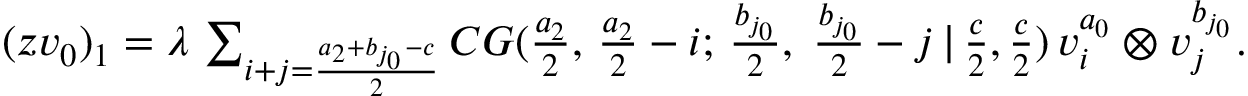
\begin{array} { r } { ( z v _ { 0 } ) _ { 1 } = \lambda \, \sum _ { i + j = \frac { a _ { 2 } + b _ { j _ { 0 } } - c } { 2 } } C G ( \frac { a _ { 2 } } { 2 } , \, \frac { a _ { 2 } } { 2 } - i ; \, \frac { b _ { j _ { 0 } } } { 2 } , \; \frac { b _ { j _ { 0 } } } { 2 } - j \, | \, \frac { c } { 2 } , \frac { c } { 2 } ) \, v _ { i } ^ { a _ { 0 } } \otimes v _ { j } ^ { b _ { j _ { 0 } } } . } \end{array}